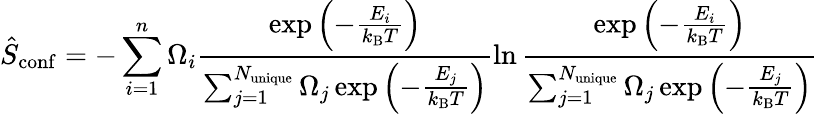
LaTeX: \hat{S}_{\mathrm{conf}}=-\sum_{i=1}^{n}\Omega_{i}\frac{\exp{\left(-\frac{E_{i}}{k_{\mathrm{B}}T}\right)}}{\sum_{j=1}^{N_{\mathrm{unique}}}\Omega_{j}\exp{\left(-\frac{E_{j}}{k_{\mathrm{B}}T}\right)}}\ln{\frac{\exp{\left(-\frac{E_{i}}{k_{\mathrm{B}}T}\right)}}{\sum_{j=1}^{N_{\mathrm{unique}}}\Omega_{j}\exp{\left(-\frac{E_{j}}{k_{\mathrm{B}}T}\right)}}}